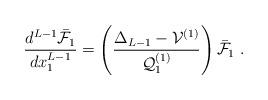
LaTeX: \begin{align*}\frac{d^{L-1} \bar{\mathcal{F}}_1}{d x_1^{L-1}} = \left( \frac{\Delta_{L-1} - \mathcal{V}^{(1)}}{\mathcal{Q}^{(1)}_1} \right) \bar{\mathcal{F}}_1 \; .\end{align*}